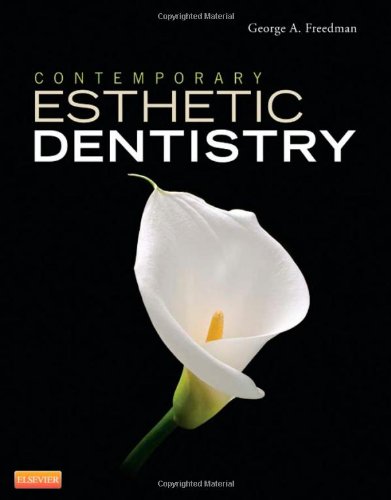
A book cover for Contemporary Esthetic Dentistry, 1e; George A. Freedman DDS  BSc  DCS  HSL; Medical Books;